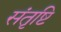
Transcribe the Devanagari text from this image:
संतृष्टि